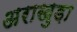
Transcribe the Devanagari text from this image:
अराखुड़ा